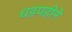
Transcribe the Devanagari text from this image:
धडपडीने